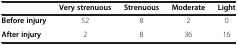
<table><thead><tr><td><b> </b></td><td><b>Very strenuous</b></td><td><b>Strenuous</b></td><td><b>Moderate</b></td><td><b>Light</b></td></tr></thead><tbody><tr><td><b>Before injury</b></td><td>52</td><td>8</td><td>2</td><td>0</td></tr><tr><td><b>After injury</b></td><td>2</td><td>8</td><td>36</td><td>16</td></tr></tbody></table>